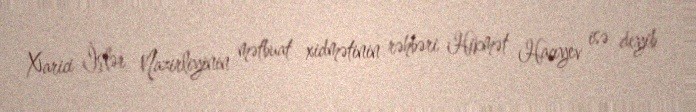
Xarici İşlər Nazirliyinin mətbuat xidmətinin rəhbəri Hikmət Hacıyev isə deyib